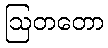
ဩတတော